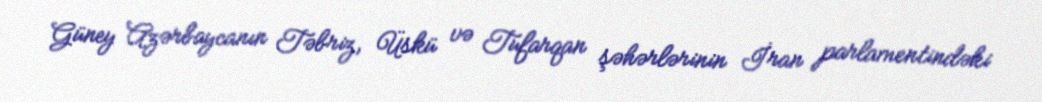
Güney Azərbaycanın Təbriz, Üskü və Tufarqan şəhərlərinin İran parlamentindəki